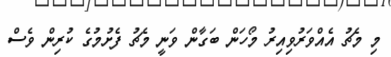
މި މެޗު އެއްވަރުވިއިރު މޯހަން ބަގާން ވަނީ މެޗު ފެށުމުގެ ކުރިން ވެސް